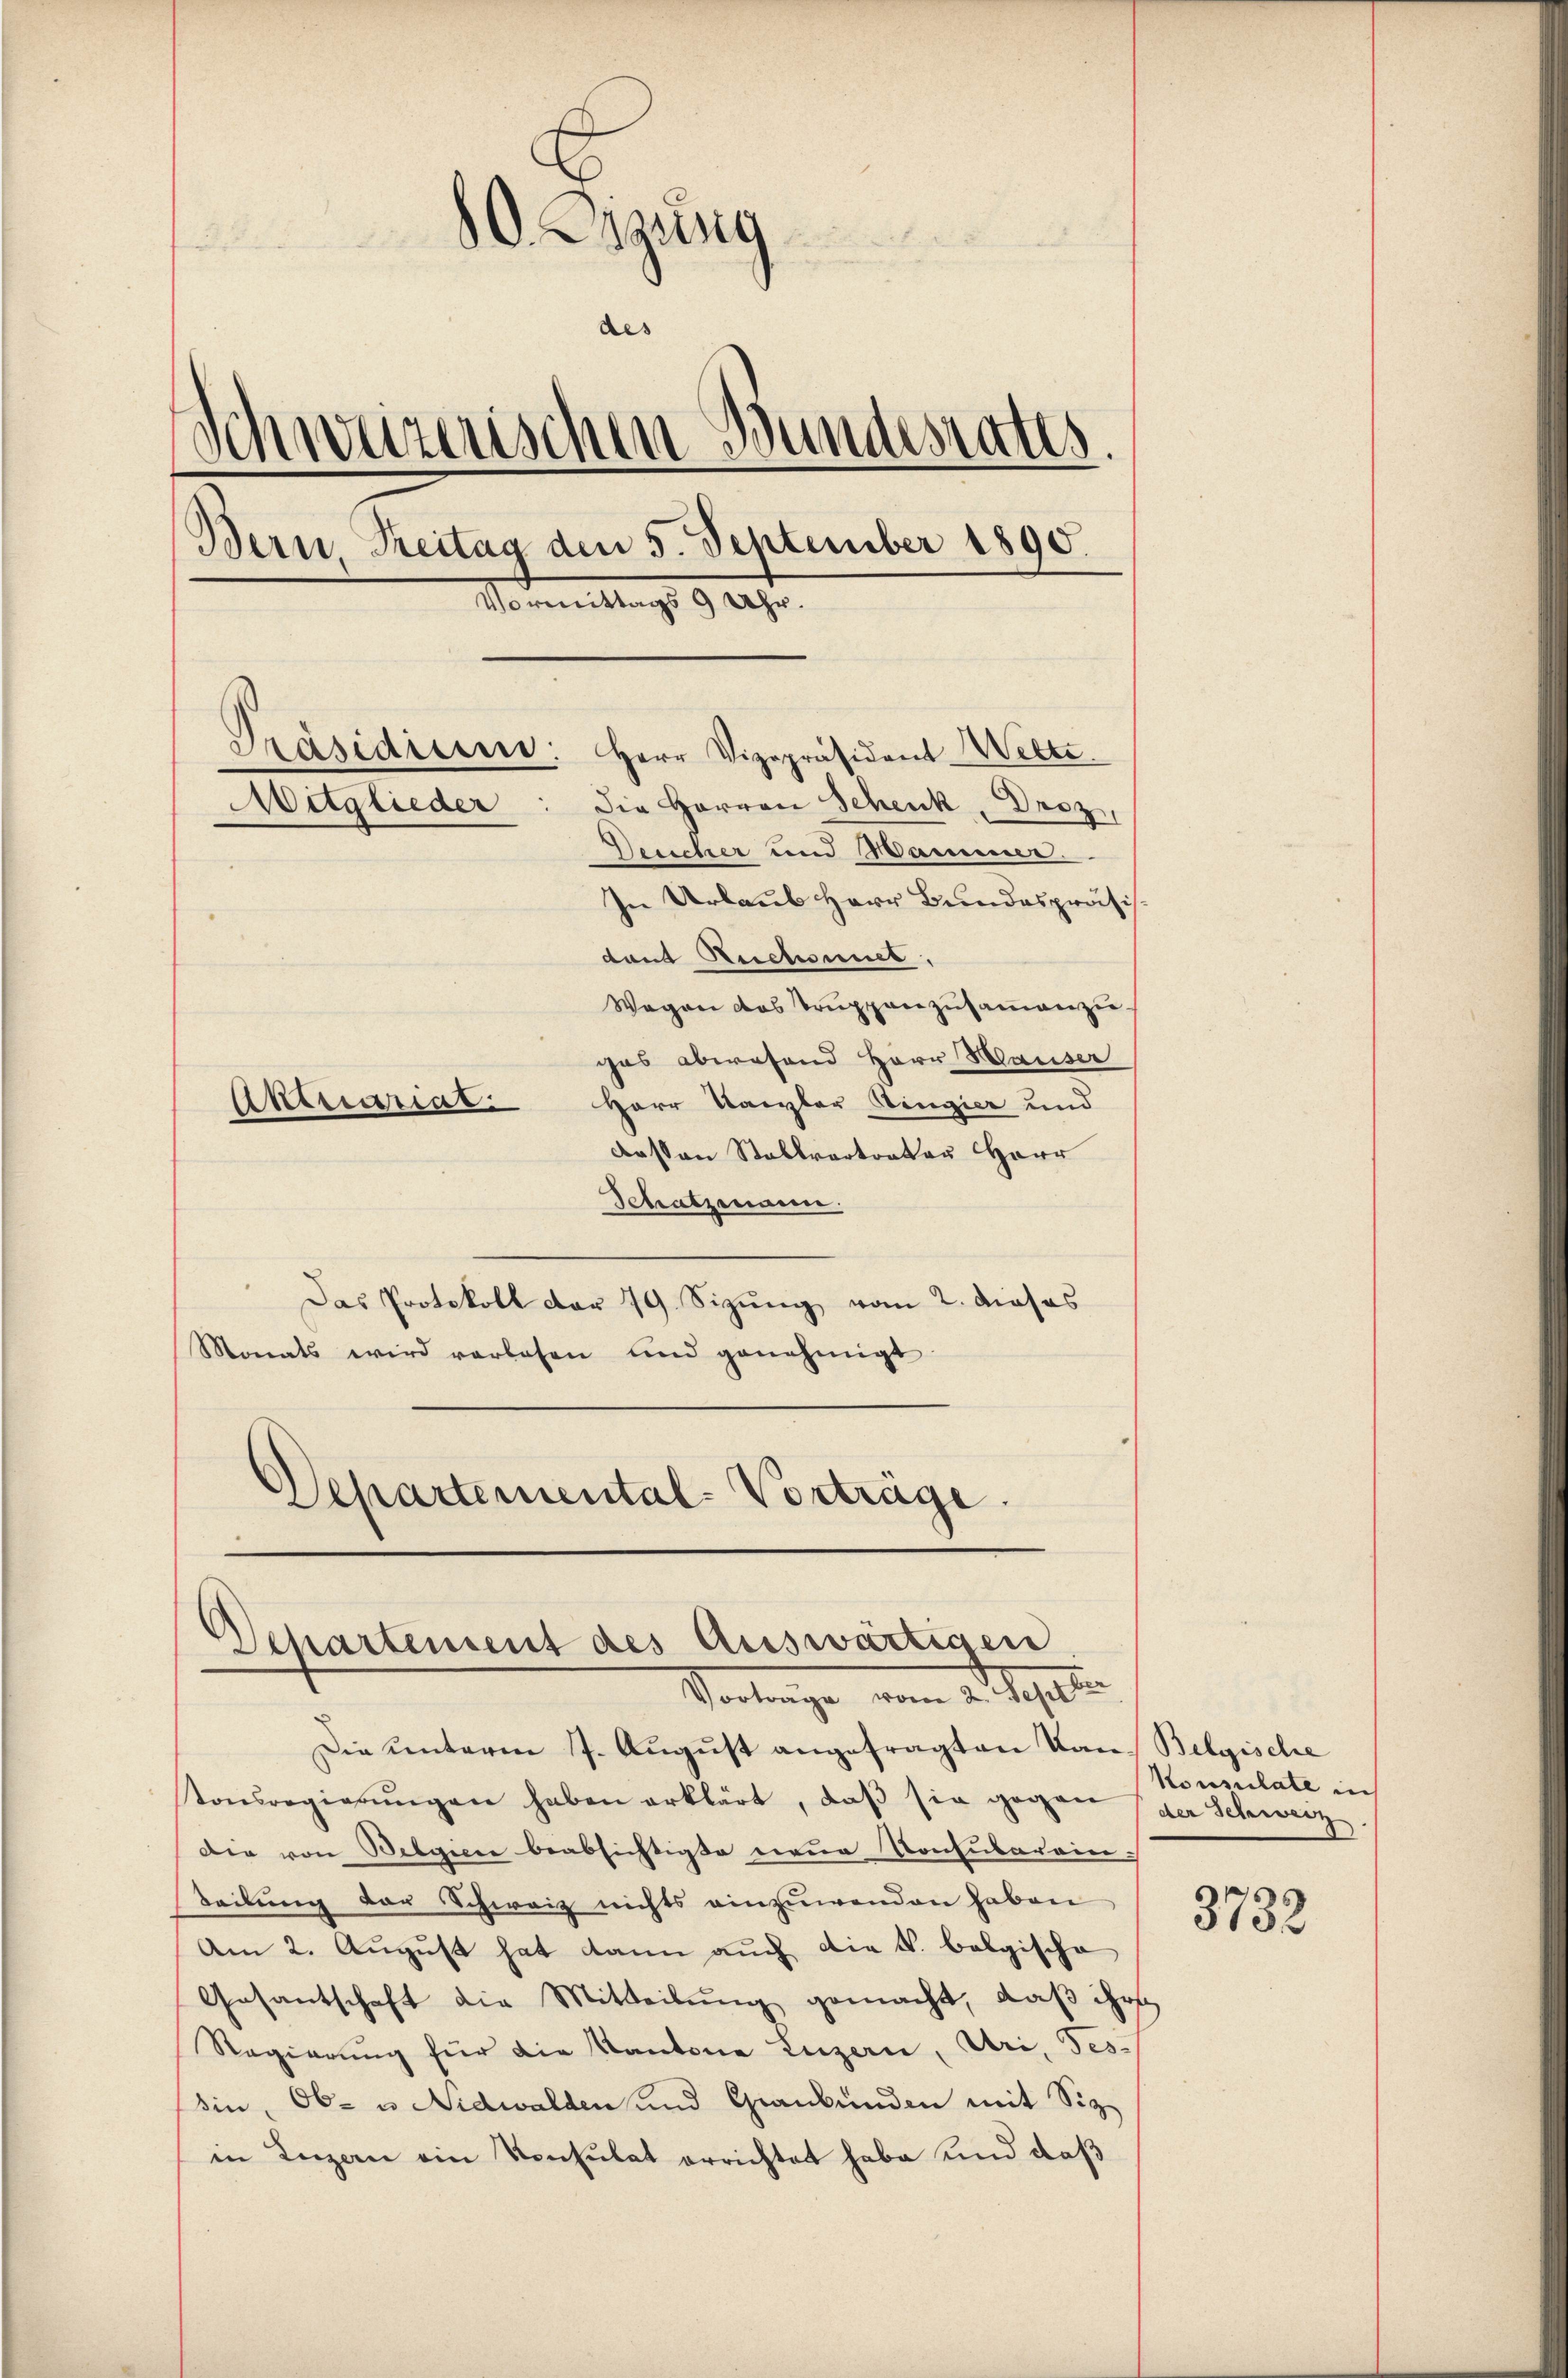
80. Digung

des
¬
schweizerischen Bundesrates.
e
Bern, Treitag den 5. September 1890.
Vormittags 9 Uhr.
Präsidieren: Herr Vizepräsident Welte.
Die Herren Schenk, Droz,
Mitglieder
Desicher und Hammer.
In Urlaub Herr Bundespräsis.
dant Reichsmiet
Wegen das Trŭppenzŭsaṁenzŭ-
gas abwesend Herr Hauser
Herr Kanzler Ringier und
Akerariat.
dessen Stallvertreter Herr

Schatzmann.
Das Protokoll der 79 Sizung vom 2. dieses
Monats wird verlesen und genehmigt.
Departemental-Vorträge.

Die unterm 7. August angefragten Kan- Belgische
tonsregierŭngen haben erklärt, daβ sie gegen (der Schweiz
Die von Belgiere beabsichtigte neue Konsularein-
Teilung der Schweiz nichts einzuwenden haben
Am 2. August hat dann auch die k. belgische
Gesantschaft die Mitteilŭng gemacht, daß ihr
Regierung für die Kantone Luzern, Uri, Tes-
sin, Ob- u. Nidwalden und Graubünden mit Siz
in Luzern ein Konsulat errichtet habe und daß

Departement des Auswärtigen
Vertrage vom 2. Separte

Konsulate in

3732